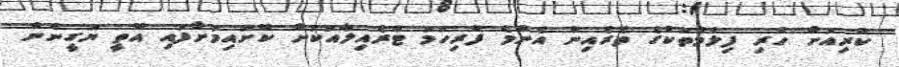
ކުރިއަށް ހުރި ފިލްމުތަކުގެ ތެރެއިން އެންމެ ފުރިހަމަ ޓްރެއިލާއަކަށް ކޮށައިމަށާފައި އޮތީ ޔަގީނުން